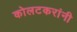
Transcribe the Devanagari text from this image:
कोलटकरांनी